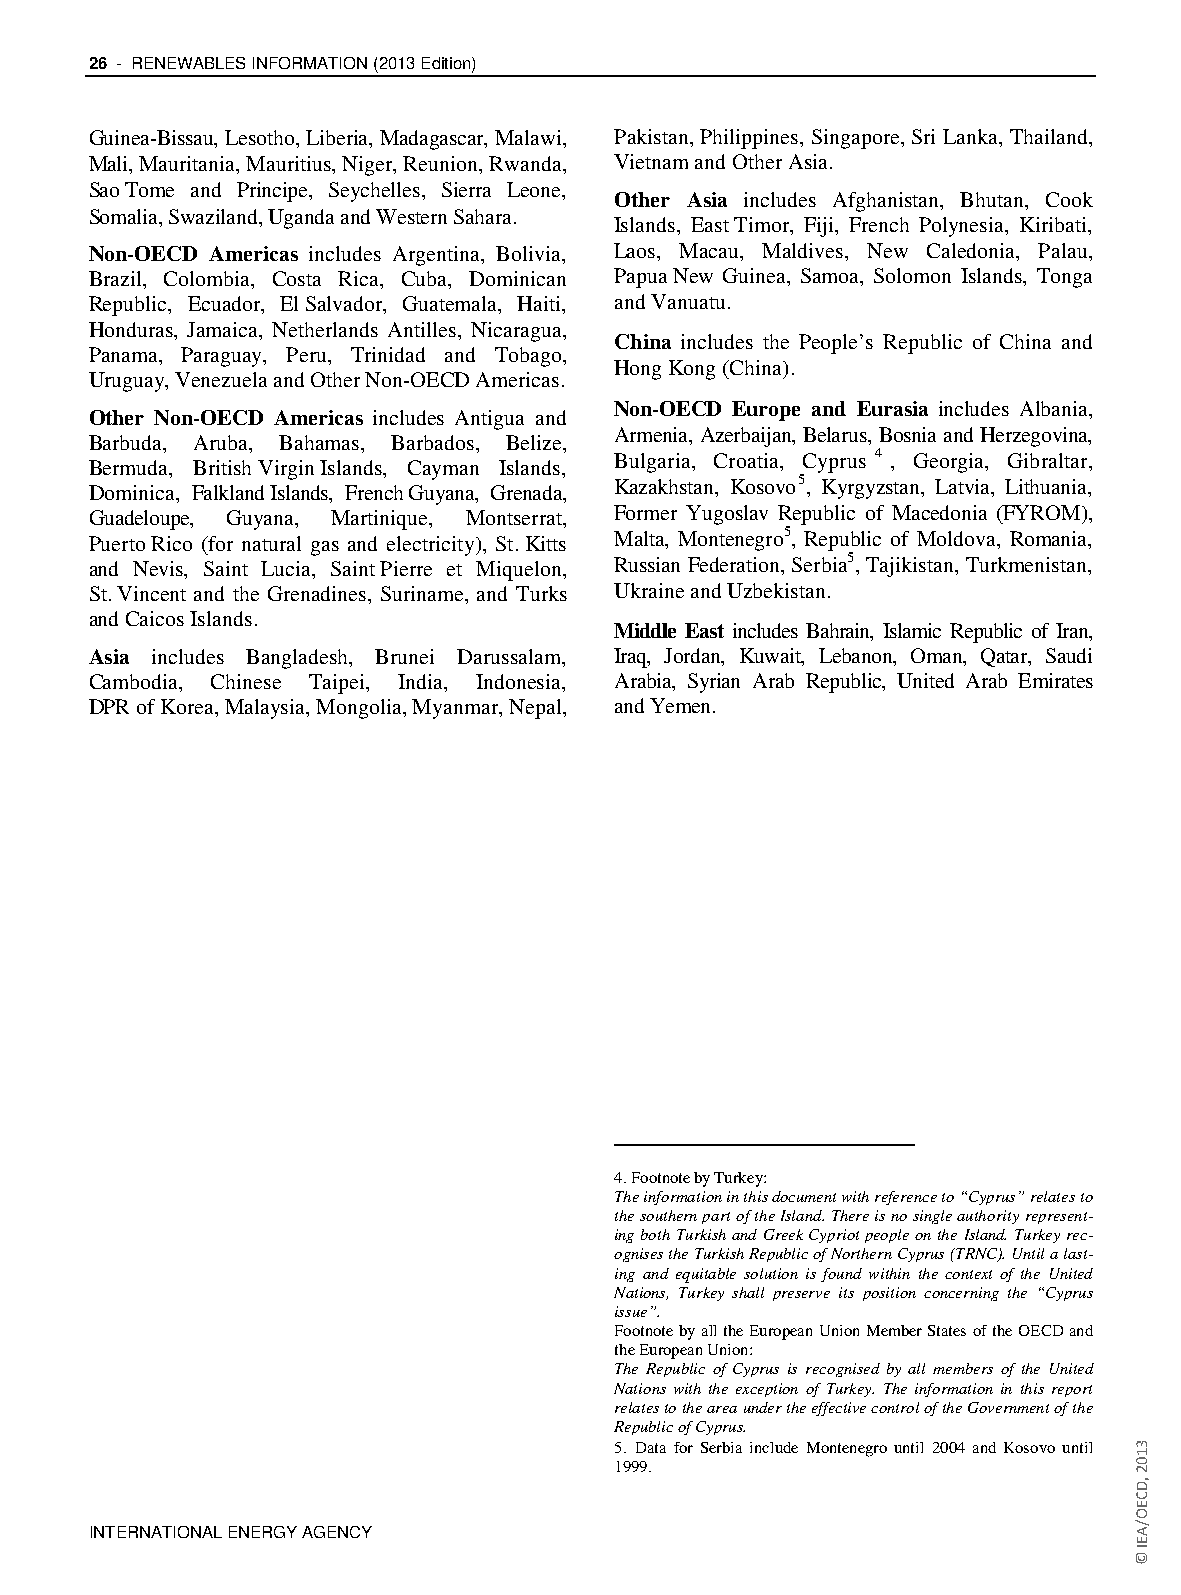
26 - RENEWABLES INFORMATION (2013 Edition)
 Guinea-Bissau, Lesotho, Liberia, Madagascar, Malawi, Pakistan, Philippines, Singapore, Sri Lanka, Thailand,
 Mali, Mauritania, Mauritius, Niger, Reunion, Rwanda, Vietnam and Other Asia.
 Sao Tome and Principe, Seychelles, Sierra Leone,
 Other Asia includes Afghanistan, Bhutan, Cook
 Somalia, Swaziland, Uganda and Western Sahara.
 Islands, East Timor, Fiji, French Polynesia, Kiribati,
 Non-OECD Americas includes Argentina, Bolivia, Laos, Macau, Maldives, New Caledonia, Palau,
 Brazil, Colombia, Costa Rica, Cuba, Dominican Papua New Guinea, Samoa, Solomon Islands, Tonga
 Republic, Ecuador, El Salvador, Guatemala, Haiti, and Vanuatu.
 Honduras, Jamaica, Netherlands Antilles, Nicaragua,
 China includes the People’s Republic of China and
 Panama, Paraguay, Peru, Trinidad and Tobago,
 Hong Kong (China).
 Uruguay, Venezuela and Other Non-OECD Americas.
 Non-OECD Europe and Eurasia includes Albania,
 Other Non-OECD Americas includes Antigua and
 Armenia, Azerbaijan, Belarus, Bosnia and Herzegovina,
 Barbuda, Aruba, Bahamas, Barbados, Belize,
 Bulgaria, Croatia, Cyprus 4 , Georgia, Gibraltar,
 Bermuda, British Virgin Islands, Cayman Islands,
 Dominica, Falkland Islands, French Guyana, Grenada, Kazakhstan, Kosovo5, Kyrgyzstan, Latvia, Lithuania,
 Guadeloupe, Guyana, Martinique, Montserrat, Former Yugoslav Republic of Macedonia (FYROM),
 Puerto Rico (for natural gas and electricity), St. Kitts Malta, Montenegro5, Republic of Moldova, Romania,
 and Nevis, Saint Lucia, Saint Pierre et Miquelon, Russian Federation, Serbia5, Tajikistan, Turkmenistan,
 St. Vincent and the Grenadines, Suriname, and Turks Ukraine and Uzbekistan.
 and Caicos Islands.
 Middle East includes Bahrain, Islamic Republic of Iran,
 Asia includes Bangladesh, Brunei Darussalam, Iraq, Jordan, Kuwait, Lebanon, Oman, Qatar, Saudi
 Cambodia, Chinese Taipei, India, Indonesia, Arabia, Syrian Arab Republic, United Arab Emirates
 DPR of Korea, Malaysia, Mongolia, Myanmar, Nepal, and Yemen.
 4. Footnote by Turkey:
 The information in this document with reference to “Cyprus” relates to
 the southern part of the Island. There is no single authority represent-
 ing both Turkish and Greek Cypriot people on the Island. Turkey rec-
 ognises the Turkish Republic of Northern Cyprus (TRNC). Until a last-
 ing and equitable solution is found within the context of the United
 Nations, Turkey shall preserve its position concerning the “Cyprus
 issue”.
 Footnote by all the European Union Member States of the OECD and
 the European Union:
 The Republic of Cyprus is recognised by all members of the United
 Nations with the exception of Turkey. The information in this report
 relates to the area under the effective control of the Government of the
 Republic of Cyprus.
 5. Data for Serbia include Montenegro until 2004 and Kosovo until
 1999.
 INTERNATIONAL ENERGY AGENCY
 3102
 ,DCEO/AEI
 ©